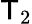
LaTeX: \mathsf{T}_{2}